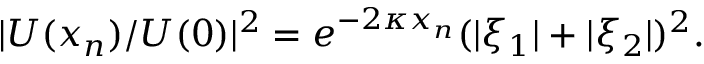
| U ( x _ { n } ) / U ( 0 ) | ^ { 2 } = e ^ { - 2 \kappa x _ { n } } ( | \xi _ { 1 } | + | \xi _ { 2 } | ) ^ { 2 } .